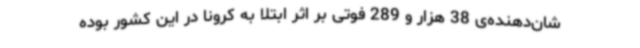
شان‌دهنده‌ی 38 هزار و 289 فوتی بر اثر ابتلا به کرونا در این کشور بوده